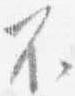
不